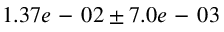
1 . 3 7 e \mathrm { ~ - ~ } 0 2 \pm 7 . 0 e \mathrm { ~ - ~ } 0 3